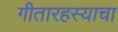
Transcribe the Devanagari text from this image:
गीतारहस्याचा